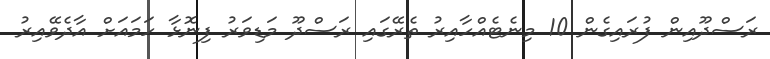
ރަސްދޫއިން ފުރައިގެން 10 މިނެޓެއްހާއިރު ތެރޭގައި ރަސްދޫ މަޑިވަރު ފިނޮޅާ ހަމައަށް އާދެވޭއިރު